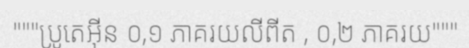
"""ប្រូតេអ៊ីន ០,១ ភាគរយលីពីត , ០,២ ភាគរយ"""